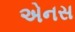
એનસ